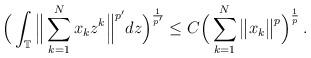
LaTeX: \begin{align*}\Big( \int_{\mathbb{T}} \Big\| \sum_{k=1}^N x_k z^{k} \Big\|^{p'} dz \Big)^{\frac{1}{p'}}\leq C \Big(\sum_{k=1}^N \big\| x_k \big\|^p \Big)^{\frac{1}{p}} \,.\end{align*}